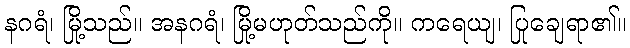
နဂရံ၊ မြို့သည်။ အနဂရံ၊ မြို့မဟုတ်သည်ကို။ ကရေယျ၊ ပြုချေရာ၏။